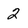
Character: 2